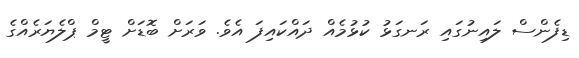
ޑިފެންސް ލައިނުގައި ރަނގަޅު ކުޅުމެއް ދައްކައިފަ އެވެ. ވަރަށް ބޮޑަށް ޓީމް ޕްލެޔަރެއްގެ